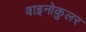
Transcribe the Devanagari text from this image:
वाइनोकुलर